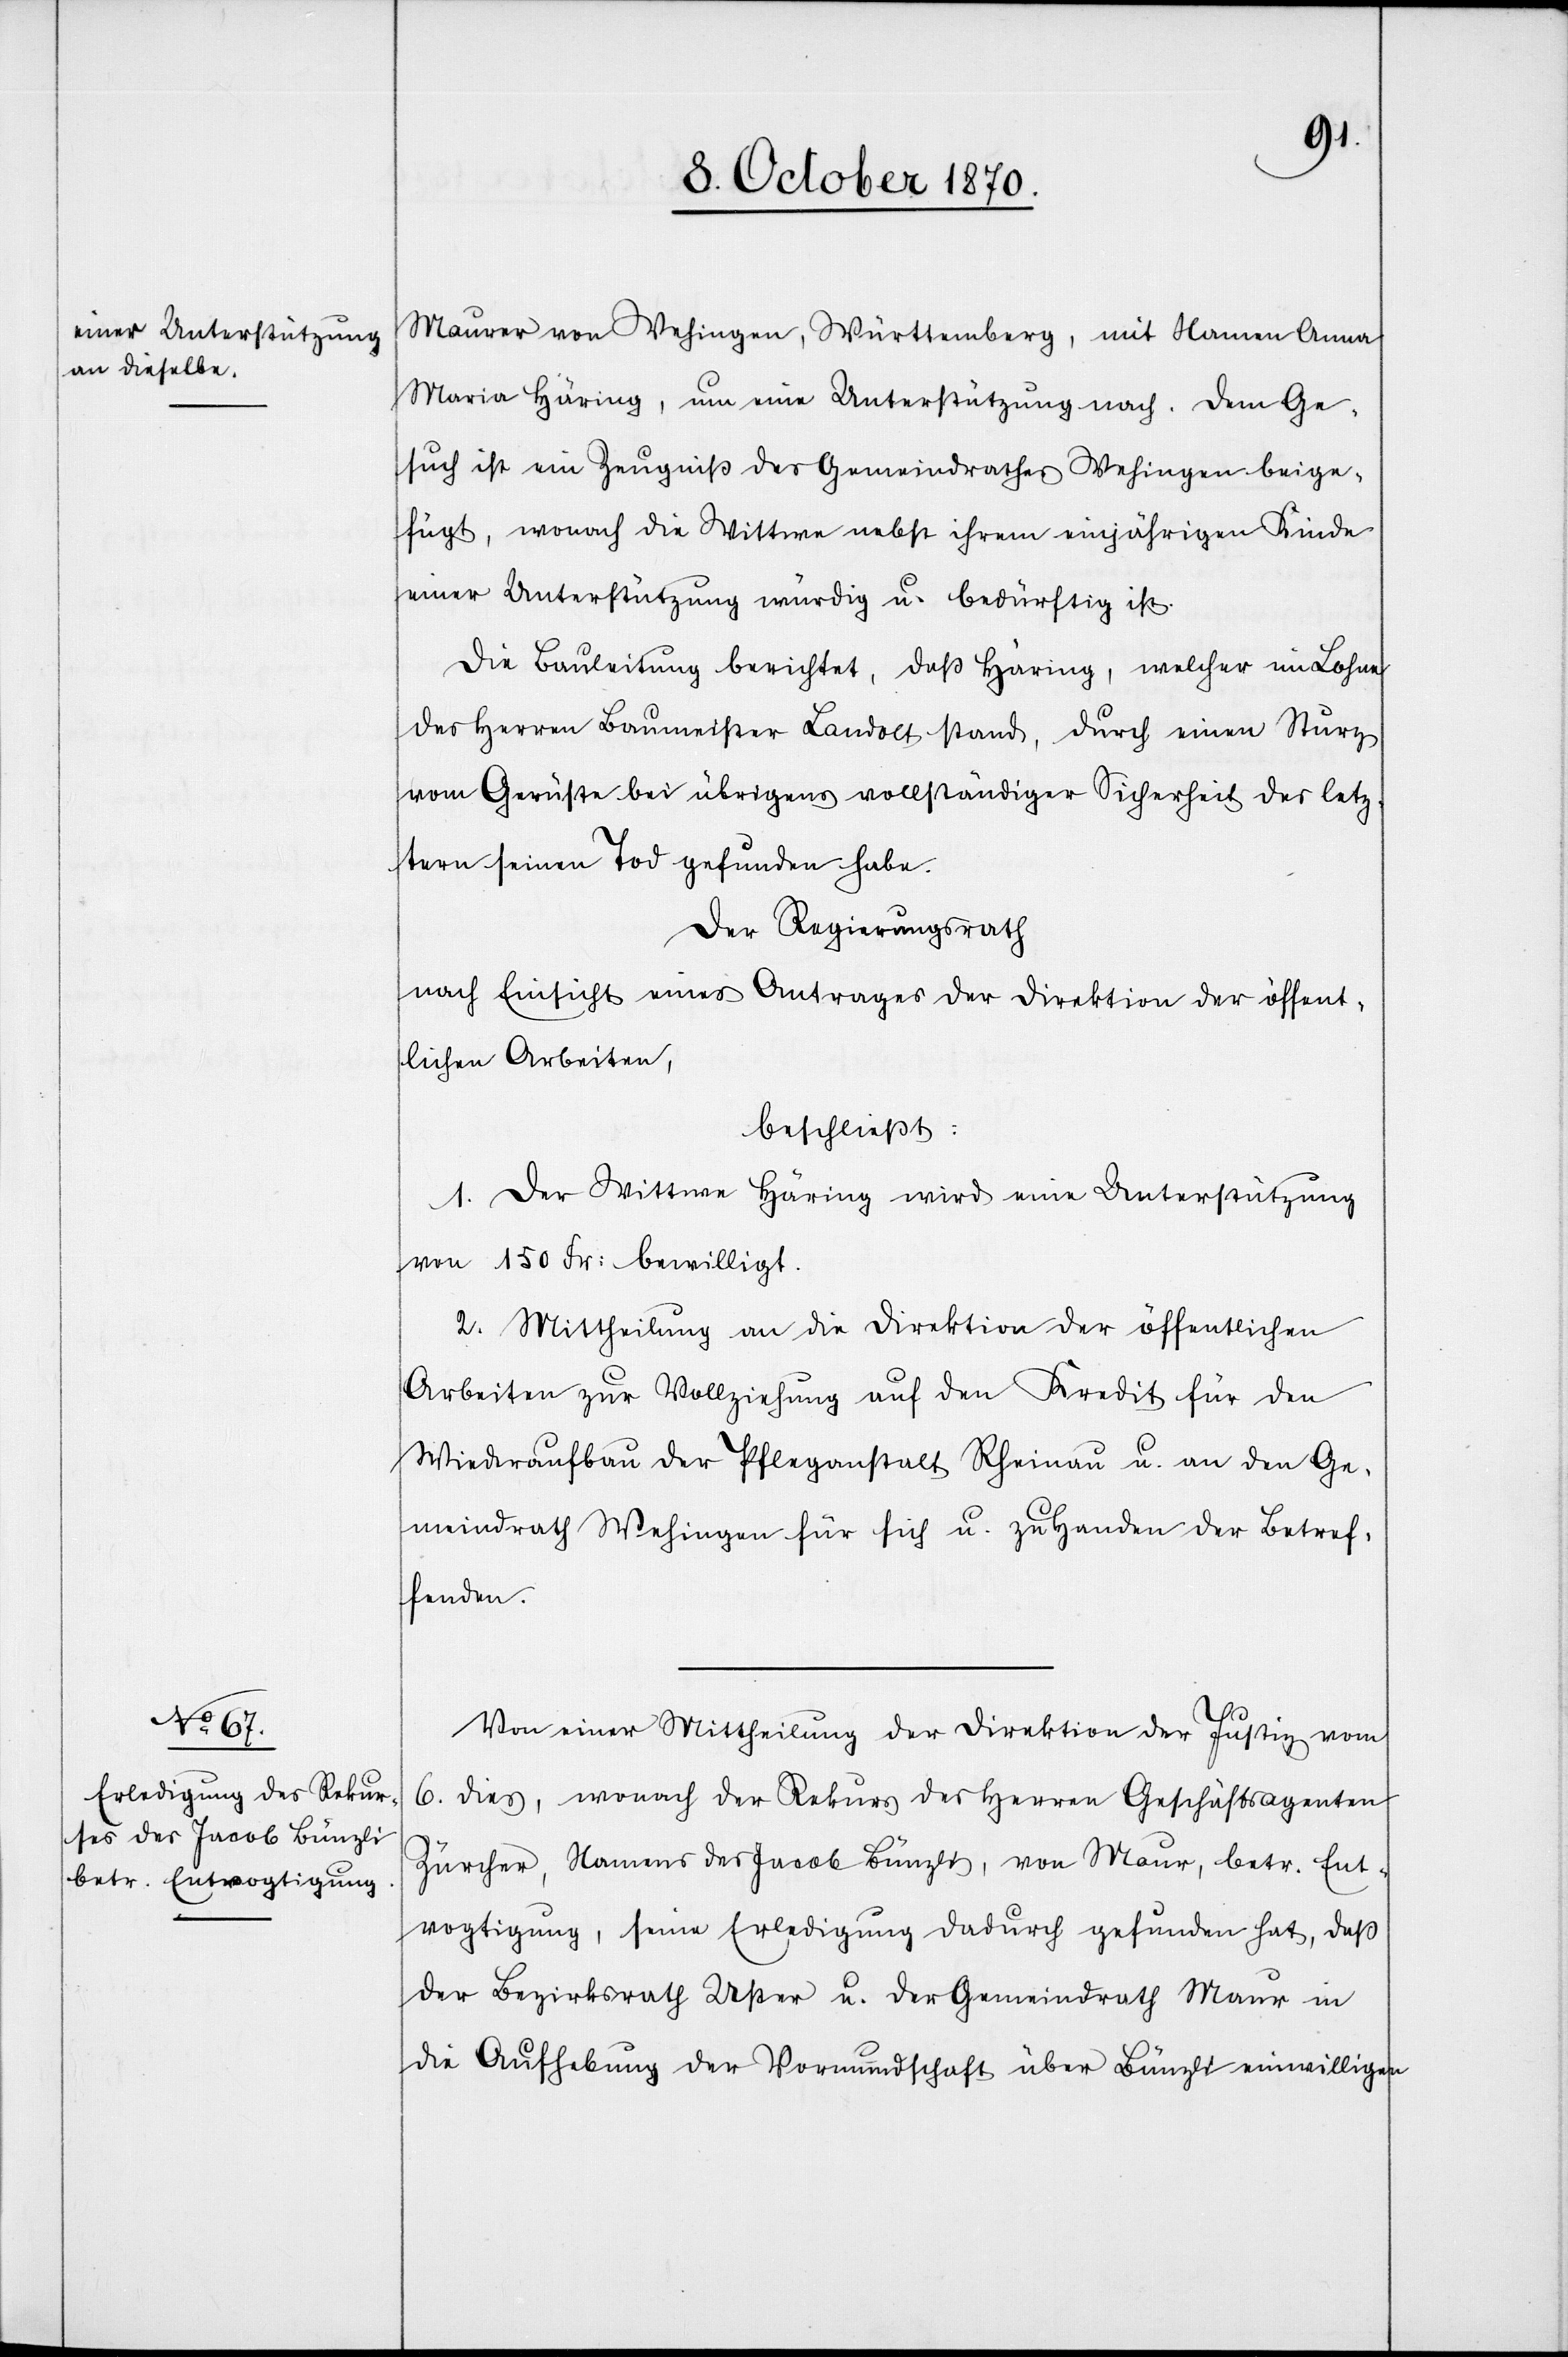
Maurer von Wehingen, Württemberg, mit Namen Anna
Maria Häring, um eine Unterstützung nach. Dem Ge¬
such ist ein Zeugniß des Gemeindrathes Wehingen beige¬
fügt, wonach die Wittwe nebst ihrem einjährigen Kinde
einer Unterstützung würdig u. bedürftig ist.
Die Bauleitung berichtet, daß Häring, welcher im Lohne
des Herren Baumeister Landolt stand, durch einen Sturz
vom Gerüste bei übrigens vollständiger Sicherheit des letz¬
tern seinen Tod gefunden habe.
Der Regierungsrath
nach Einsicht eines Antrages der Direktion der öffent¬
lichen Arbeiten,
beschließt:
1. Der Wittwe Häring wird eine Unterstützung
von 150 Fr: bewilligt.
2. Mittheilung an die Direktion der öffentlichen
Arbeiten zur Vollziehung auf den Kredit für den
Wiederaufbau der Pfleganstalt Rheinau u. an den Ge¬
meindrath Wehingen für sich u. zu Handen der Betref¬
fenden.
Von einer Mittheilung der Direktion der Justiz vom
6. dieß, wonach der Rekurs des Herren Geschäftsagenten
Zürcher, Namens des Jacob Bünzlis, von Maur, betr. Ent¬
vogtigung, seine Erledigung dadurch gefunden hat, daß
der Bezirksrath Uster u. der Gemeindrath Maur in
die Aufhebung der Vormundschaft über Bünzli einwilligen